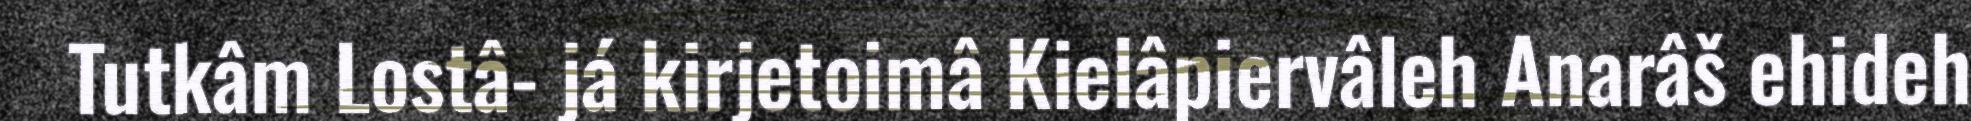
Tutkâm Lostâ- já kirjetoimâ Kielâpiervâleh Anarâš ehideh